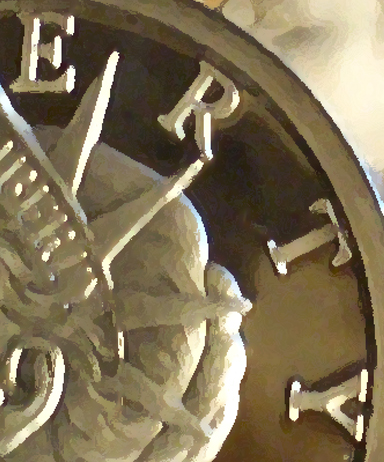
ERTY